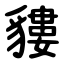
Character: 貗